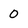
Character: 0